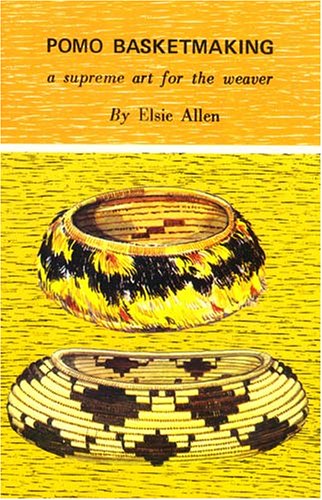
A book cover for Pomo Basketmaking: A Supreme Art for the Weaver; Elsie Allen; Crafts, Hobbies & Home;